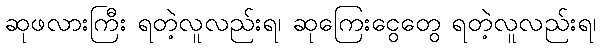
ဆုဖလားကြီး ရတဲ့လူလည်းရ၊ ဆုကြေးငွေတွေ ရတဲ့လူလည်းရ၊